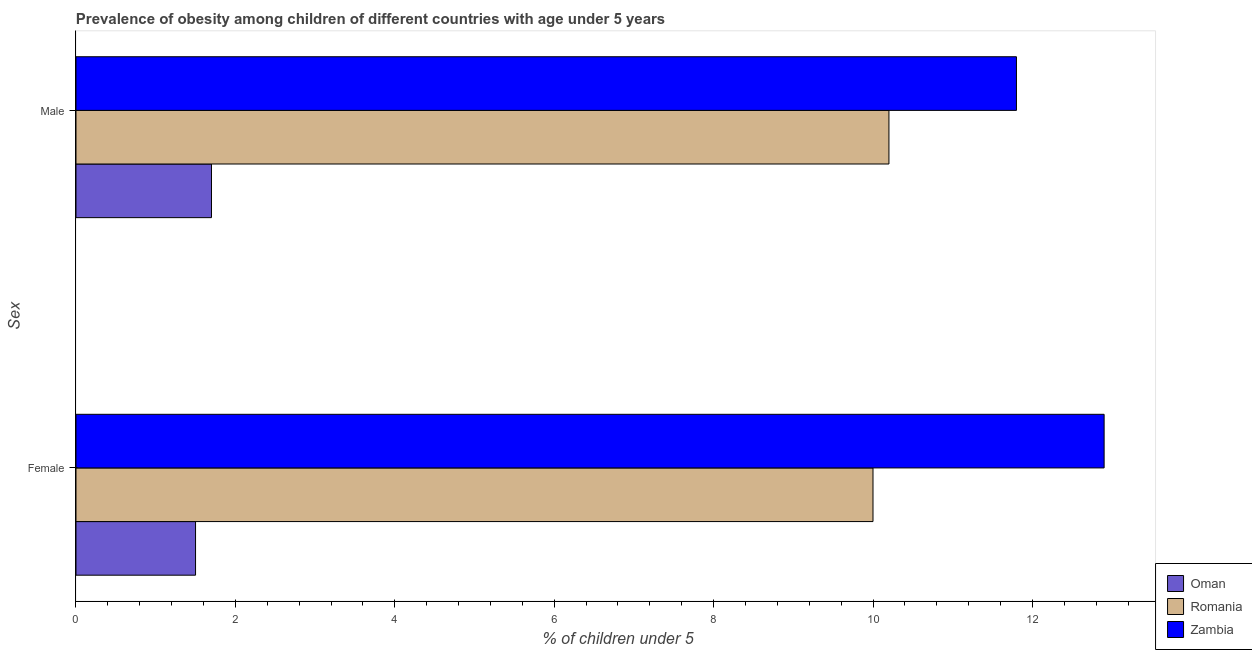
| Sex | Oman | Romania | Zambia |
 | --- | --- | --- | --- |
 | Female | 1.5 | 10 | 12.9 |
 | Male | 1.7 | 10.2 | 11.8 |